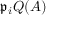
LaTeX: { \mathfrak { p } } _ { i } Q ( A )